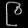
Digit: ၉